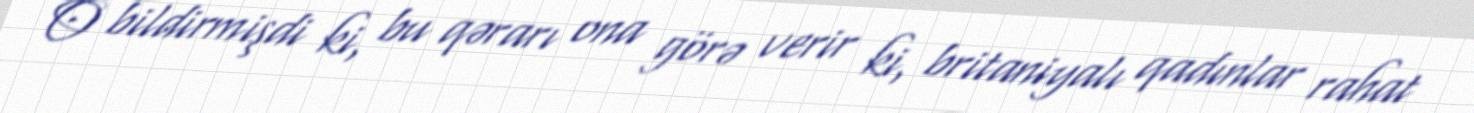
O bildirmişdi ki, bu qərarı ona görə verir ki, britaniyalı qadınlar rahat